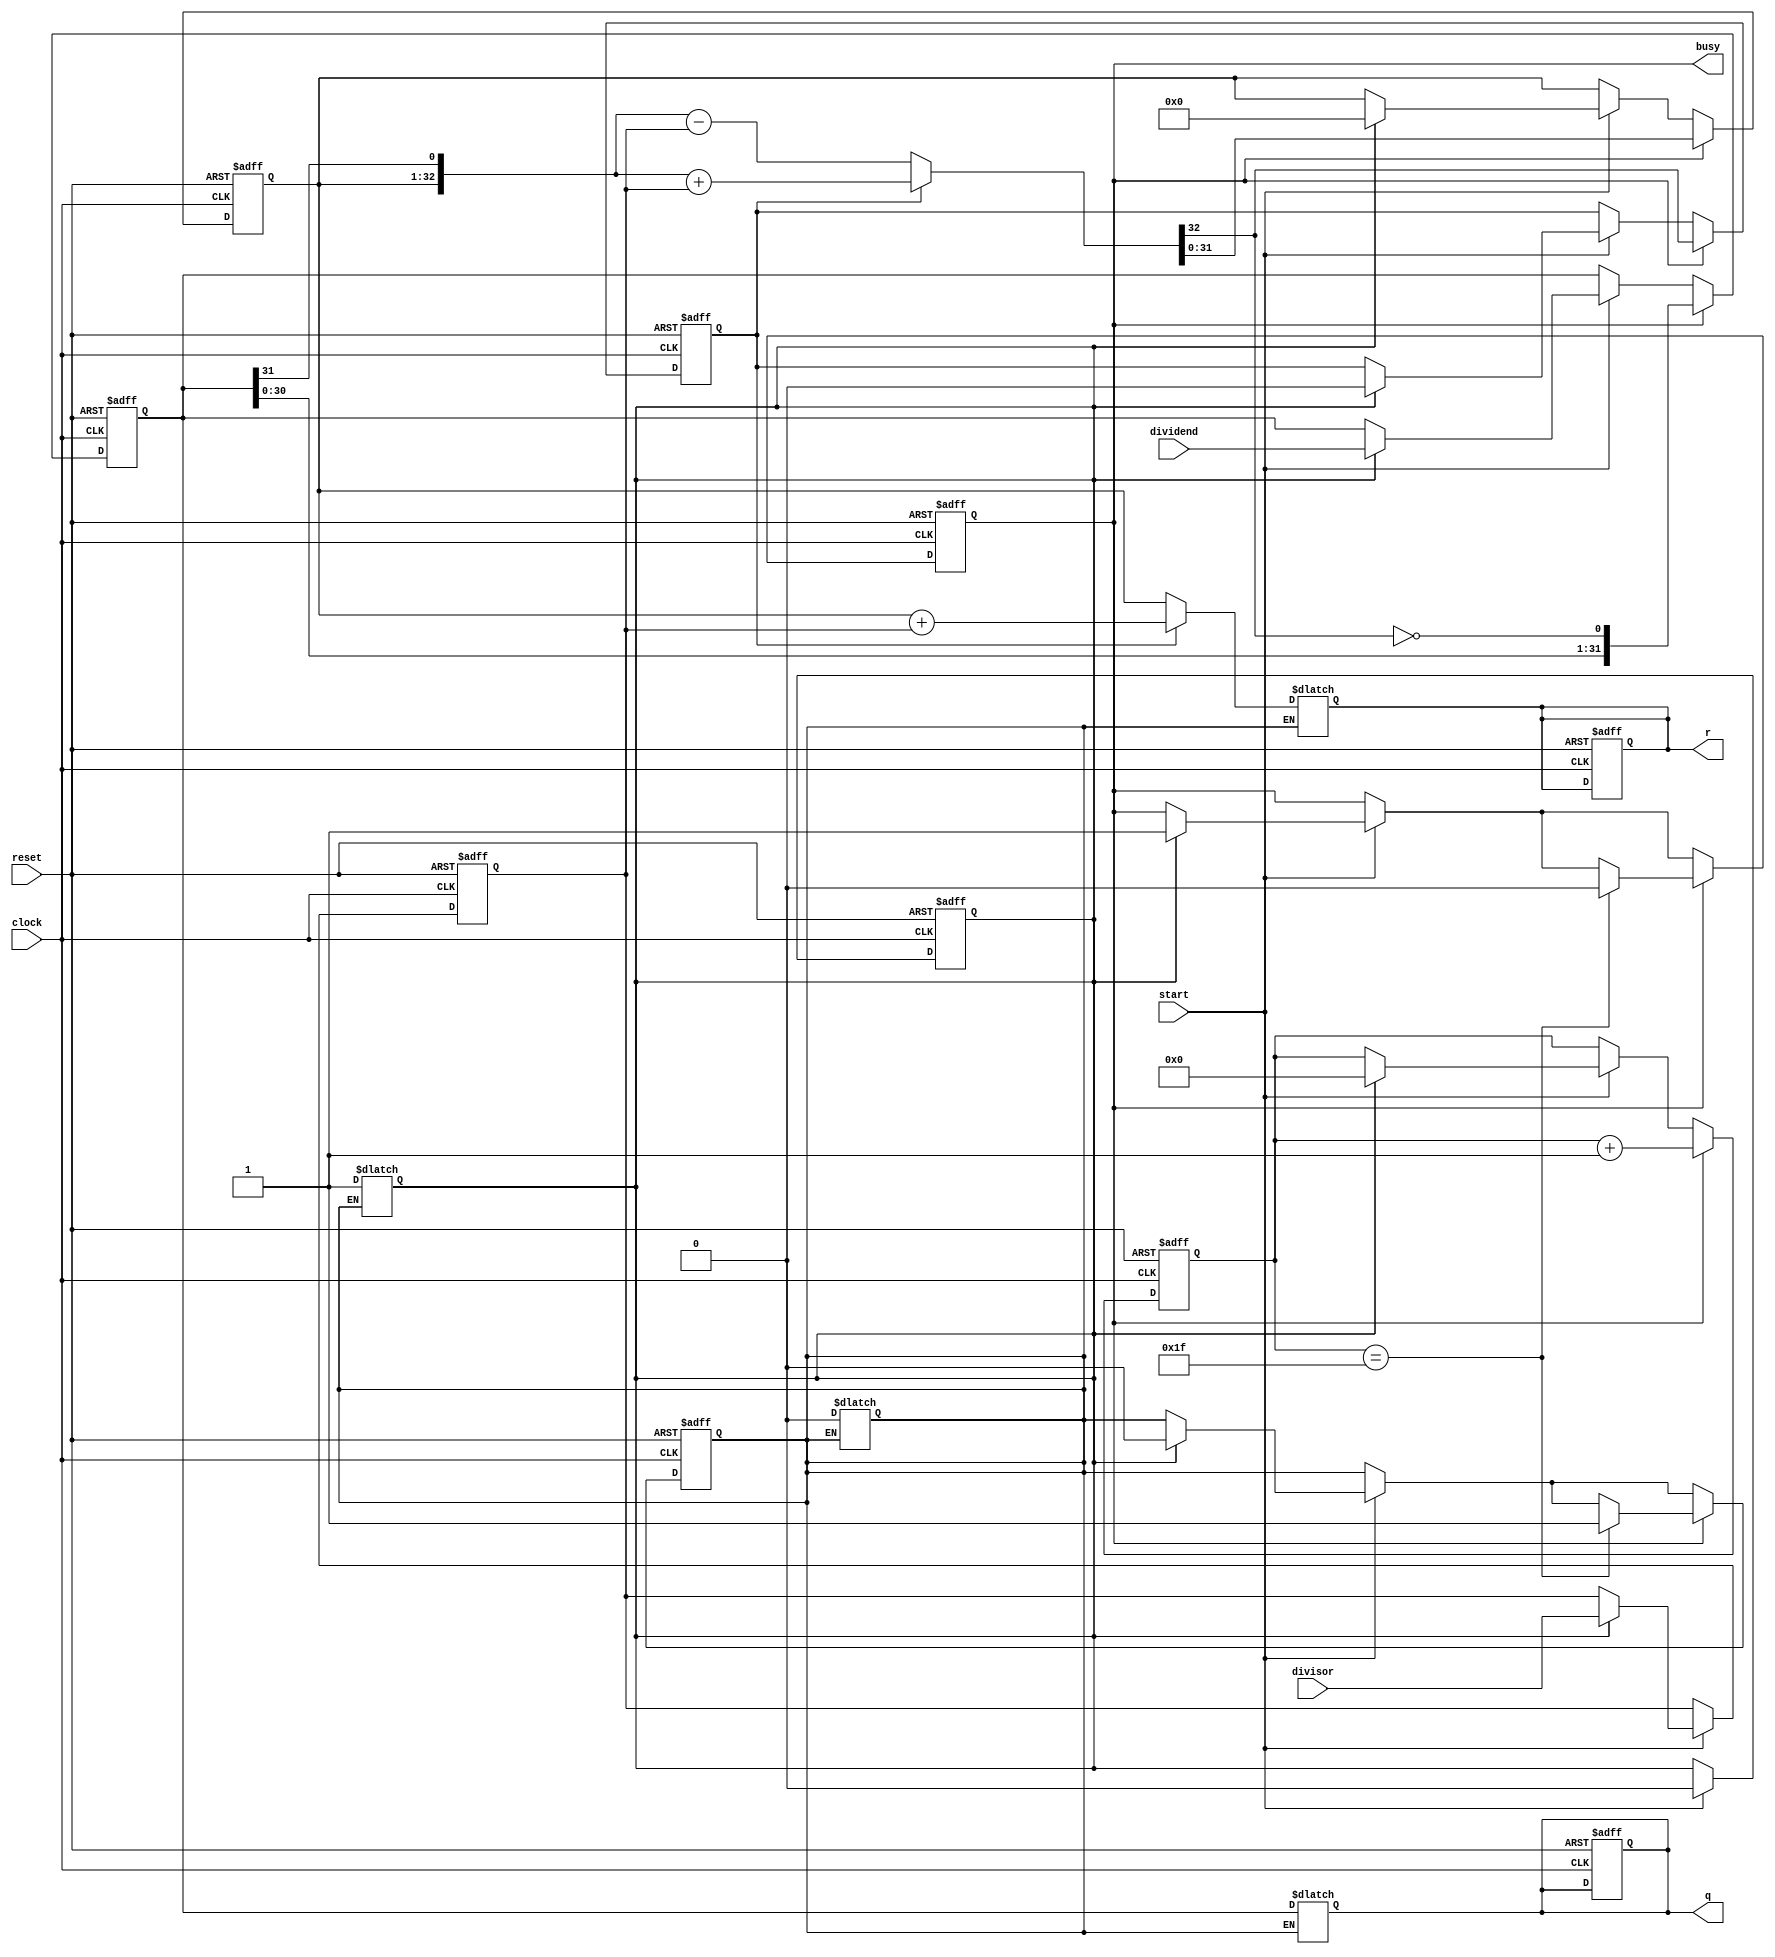
module DIVU(
input [31:0]dividend, //
input [31:0]divisor, //
input start, //
input clock,
input reset,
output [31:0]q, //
output [31:0]r, //
output busy //
);
reg first;
reg busy2;
reg r_sign;
reg flag;
reg [5:0] count;
reg [31:0] reg_q; //
reg [31:0] reg_r; //
reg [31:0] reg_b; //
reg [31:0] tmp_q;
reg [31:0] tmp_r;
wire [32:0] sub_add;

assign sub_add = (r_sign ? ({reg_r,reg_q[31]} + {1'b0,reg_b}) : ({reg_r,reg_q[31]} - {1'b0,reg_b}));
assign r = tmp_r;
assign q = tmp_q;
assign busy = busy2;

always @ (posedge clock or posedge reset) begin
	if(reset) begin
		first <= 1;
		flag <= 0;
		r_sign <= 0;
		tmp_q <= 0;
		tmp_r <= 0;
		count <= 0;
		busy2 <= 0;
		reg_q <= 0; reg_r <= 0; reg_b <= 0; 
	end
	else begin
		if(start) begin
			if(first) begin
				flag <= 0;
				reg_r <= 0;
				r_sign <= 0;
				reg_q <= dividend;
				reg_b <= divisor;
				count <= 0;
				busy2 <= 1;
				first <= 0;
			end
		end
		if(busy2) begin
			reg_r <= sub_add[31:0];
			r_sign <= sub_add[32];
			reg_q <= {reg_q[30:0],~sub_add[32]};
			count <= count + 1;
			if(count == 31) begin
				busy2 <= 0;
				flag <= 1;
			end
		end
	end
end
	
always @ (flag) begin
	if(flag) begin
		tmp_q <= reg_q;
		tmp_r <= r_sign ? (reg_r + reg_b) : reg_r;
		flag <= 0;
		first <= 1;
	end
end
endmodule